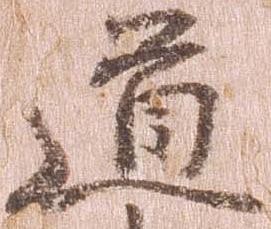
道